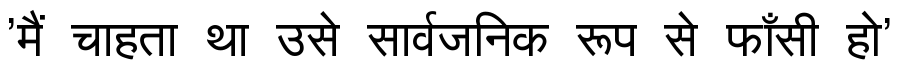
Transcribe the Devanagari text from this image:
'मैं चाहता था उसे सार्वजनिक रूप से फाँसी हो'